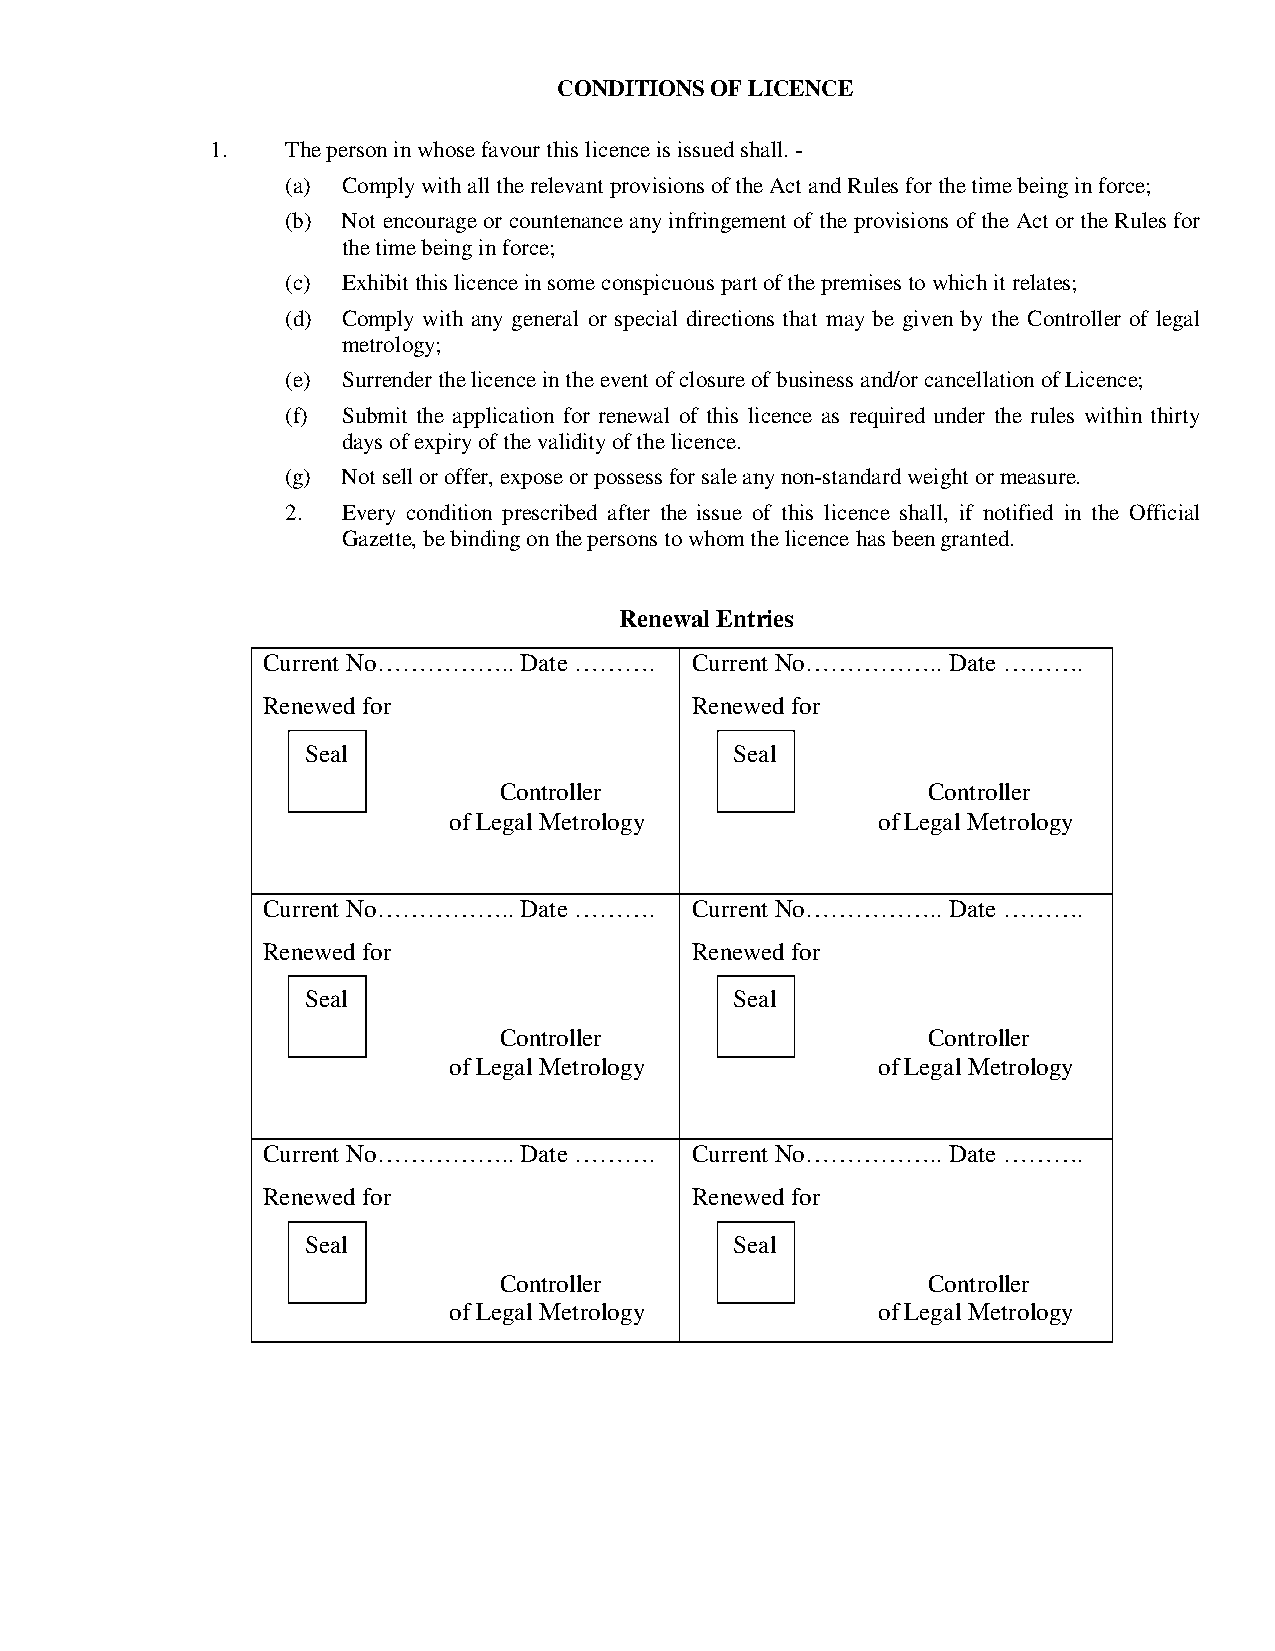
CONDITIONS OF LICENCE
 1.   The person in whose favour this licence is issued shall. -
 (a) Comply with all the relevant provisions of the Act and Rules for the time being in force;
 (b) Not encourage or countenance any infringement of the provisions of the Act or the Rules for
 the time being in force;
 (c) Exhibit this licence in some conspicuous part of the premises to which it relates;
 (d) Comply with any general or special directions that may be given by the Controller of legal
 metrology;
 (e) Surrender the licence in the event of closure of business and/or cancellation of Licence;
 (f) Submit the application for renewal of this licence as required under the rules within thirty
 days of expiry of the validity of the licence.
 (g) Not sell or offer, expose or possess for sale any non-standard weight or measure.
 2.  Every condition prescribed after the issue of this licence shall, if notified in the Official
 Gazette, be binding on the persons to whom the licence has been granted.
 Renewal Entries
 Current No…………….. Date ……….  Current No…………….. Date ……….
 Renewed for                  Renewed for
 Seal                         Seal
 Controller                  Controller
 of Legal Metrology          of Legal Metrology
 Current No…………….. Date ……….  Current No…………….. Date ……….
 Renewed for                  Renewed for
 Seal                         Seal
 Controller                  Controller
 of Legal Metrology          of Legal Metrology
 Current No…………….. Date ……….  Current No…………….. Date ……….
 Renewed for                  Renewed for
 Seal                         Seal
 Controller                  Controller
 of Legal Metrology          of Legal Metrology